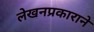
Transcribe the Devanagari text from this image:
लेखनप्रकाराने